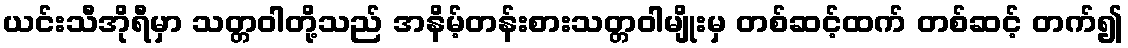
ယင်းသီအိုရီမှာ သတ္တဝါတို့သည် အနိမ့်တန်းစားသတ္တဝါမျိုးမှ တစ်ဆင့်ထက် တစ်ဆင့် တက်၍